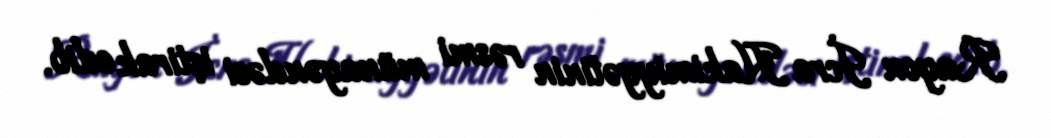
Rayon İcra Hakimiyyətinin rəsmi münayəndəsi iştirak edib.